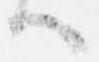
へ